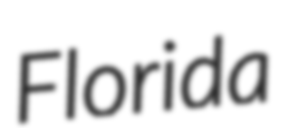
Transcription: Florida